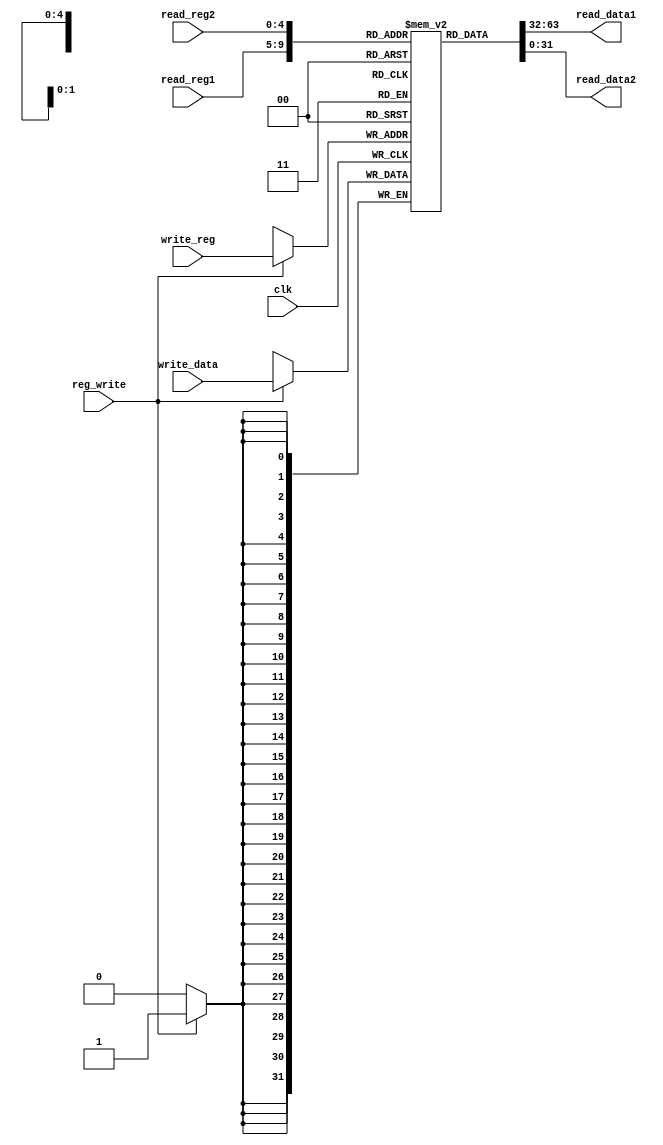
`timescale 1ns / 1ps

module registers(input clk, reg_write,
                 input [4:0] read_reg1, read_reg2, write_reg,
                 input [31:0] write_data,
                 output [31:0] read_data1, read_data2
    );
    reg [31:0] x[31:0];
    reg [31:0] out_read1, out_read2;
    integer i;
    
    initial begin
        for (i = 0; i < 32; i = i + 1) begin
            x[i] = i;
        end
    end
    
    always@(read_reg1) begin
        out_read1 = x[read_reg1];
    end
    
    assign read_data1 = out_read1;
    
    always@(read_reg2) begin
        out_read2 = x[read_reg2];
    end
    
    assign read_data2 = out_read2;
    
    always@(posedge clk) begin
        if (reg_write == 1) begin
            x[write_reg] = write_data;
        end
    end
    
endmodule